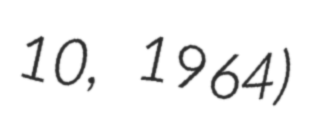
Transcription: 10, 1964)